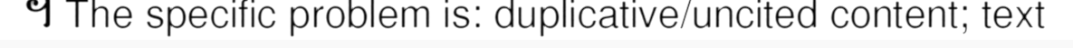
។ The specific problem is: duplicative/uncited content; text